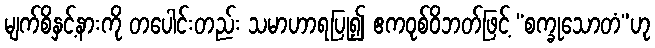
မျက်စိနှင့်နားကို တပေါင်းတည်း သမာဟာရပြု၍ ဧကဝုစ်ဝိဘတ်ဖြင့် “စက္ခုသောတံ”ဟု